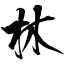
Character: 林